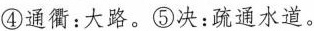
④通衢：大路。⑤决：疏通水道。